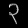
Digit: ၃